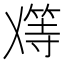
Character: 𬼑